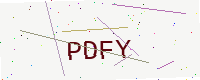
Text: PDFY